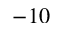
- 1 0